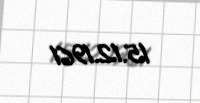
15.12.1961